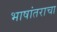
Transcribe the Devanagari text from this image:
भाषांतराचा